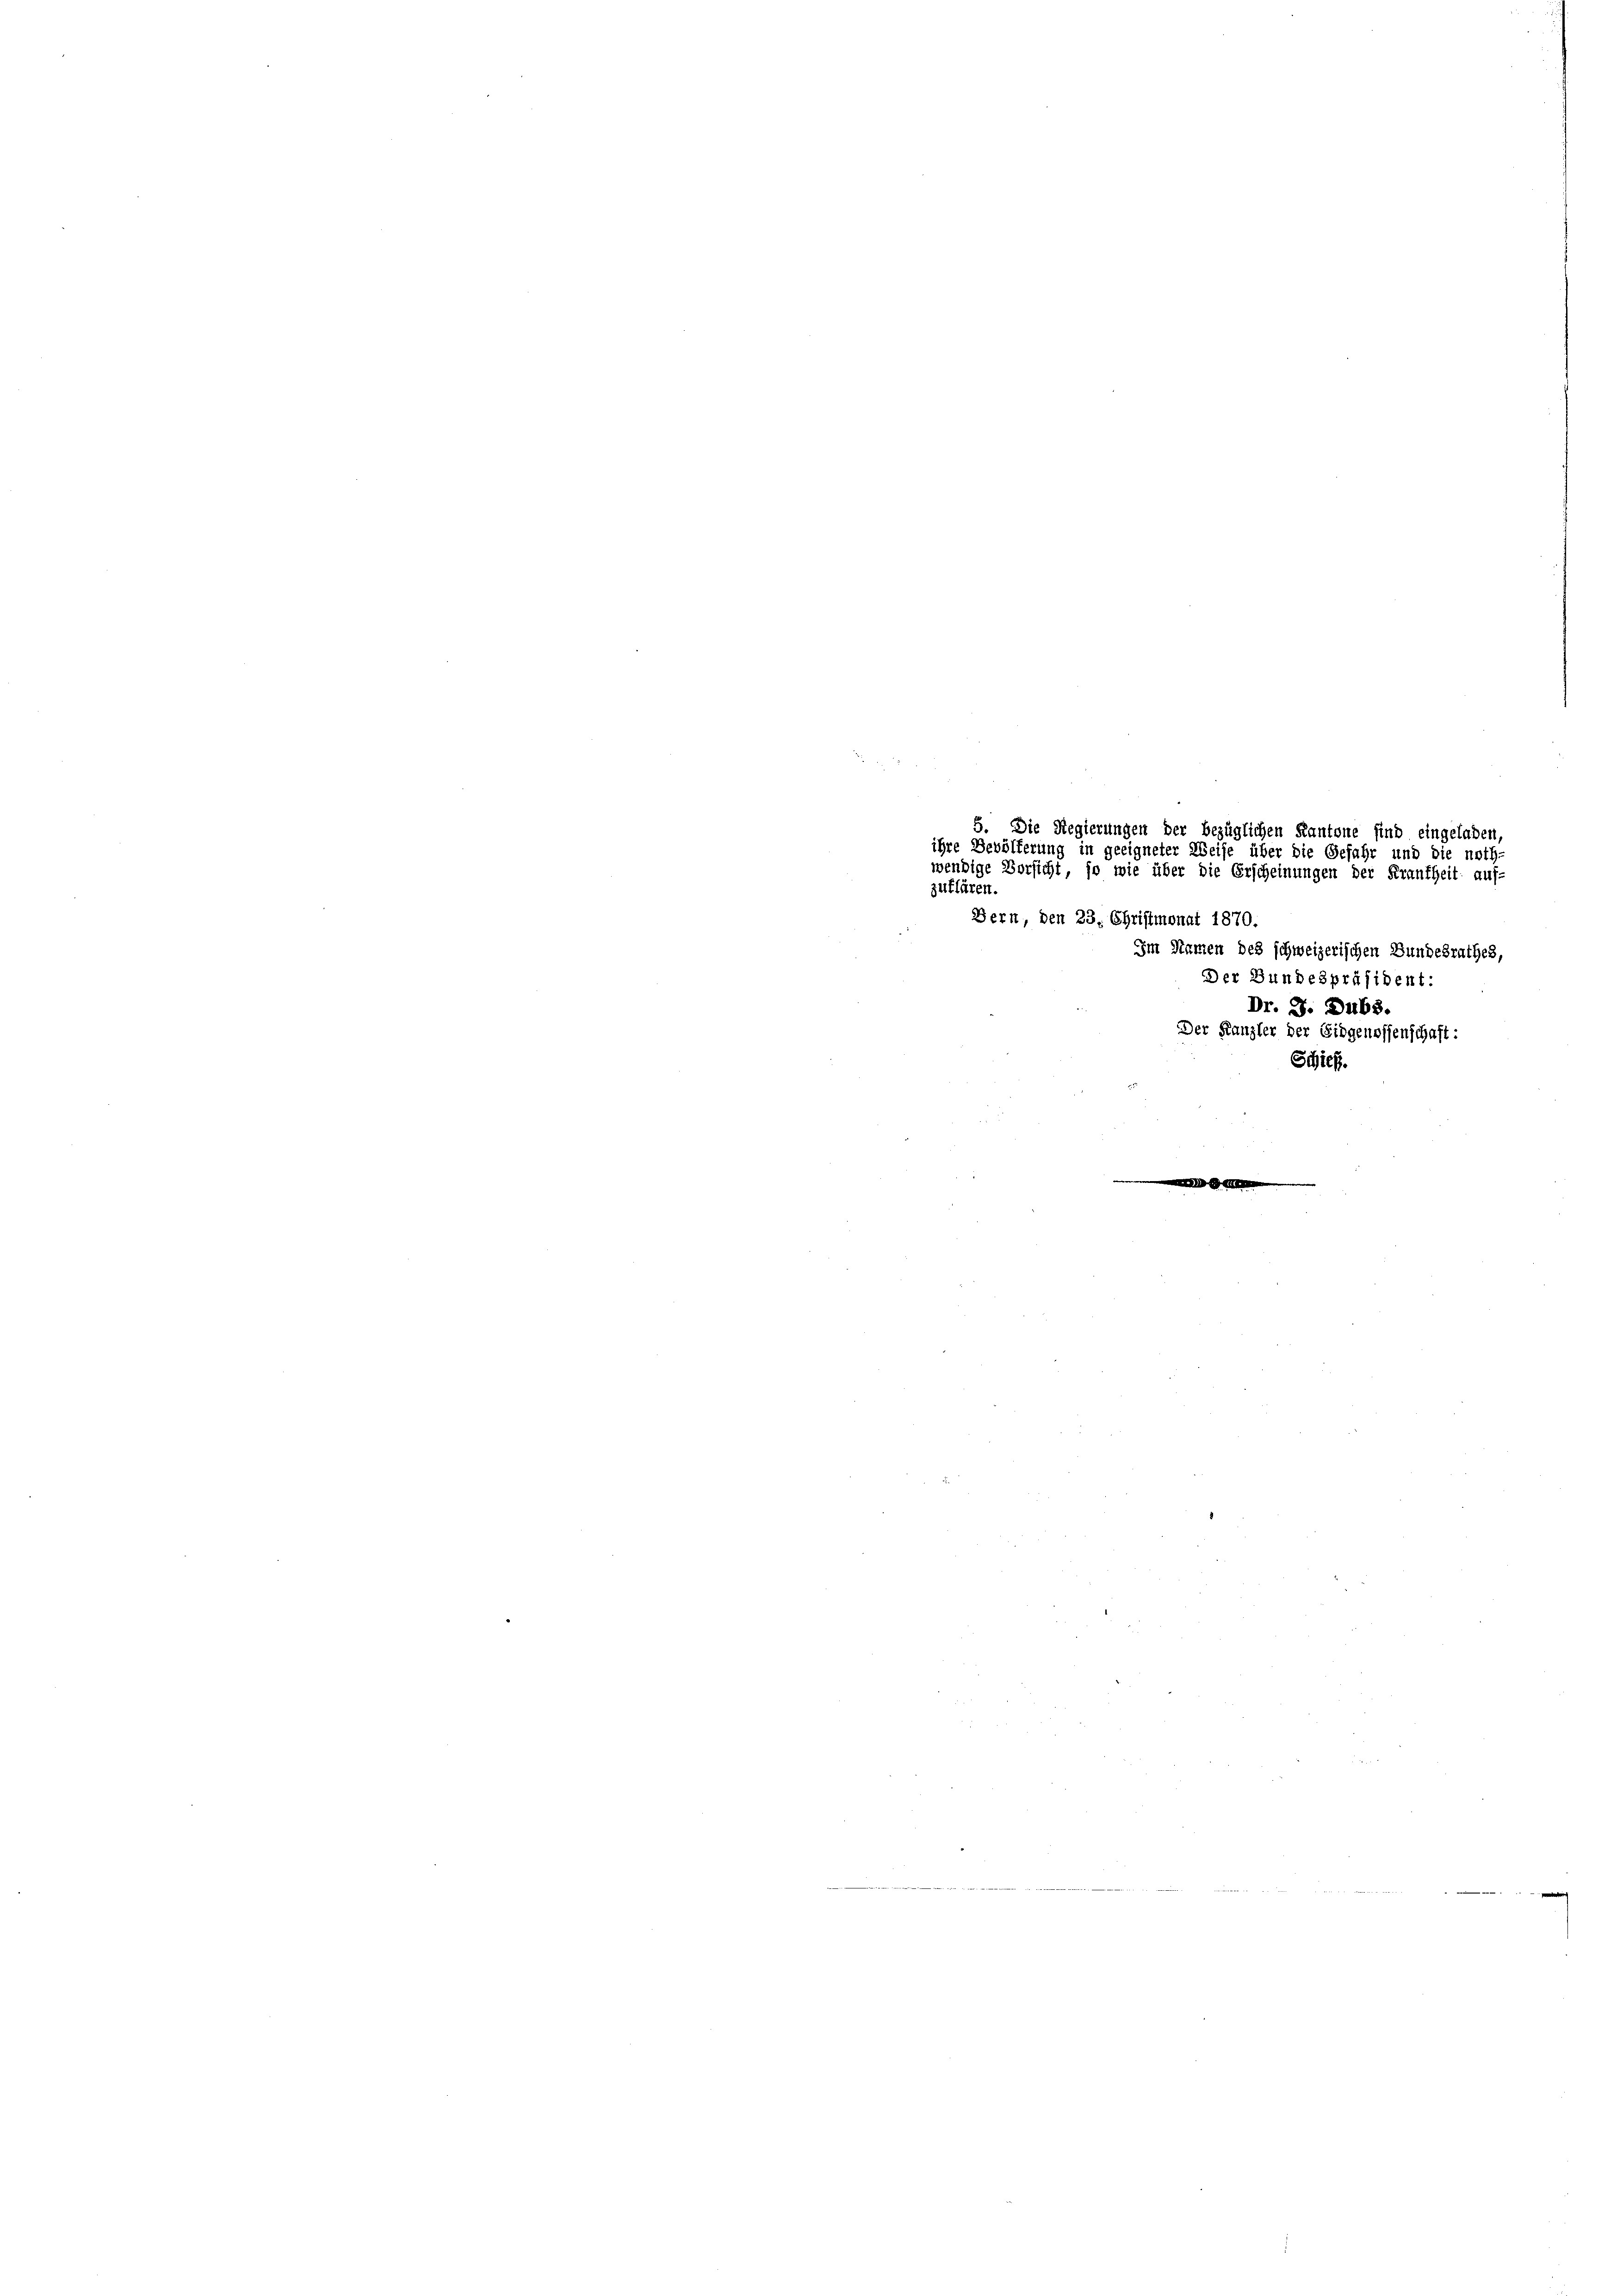
5. Die Regierungen der bezüglichen Kantone sind eingeladen
ihre Bevölferung in geeigneter Weise über die Gefahr und die noth-
wendige Vorsicht, so wie über die Erscheinungen der Frankheit auf-
zuklären
Bern, den 23. Christmonat 1870.

Im Namen des schweizerischen Bundesrathes,
Der Bundespräsident:
Dr. J. Dubs.
Der Kanzler der Eidgenossenschaft:
Schick.